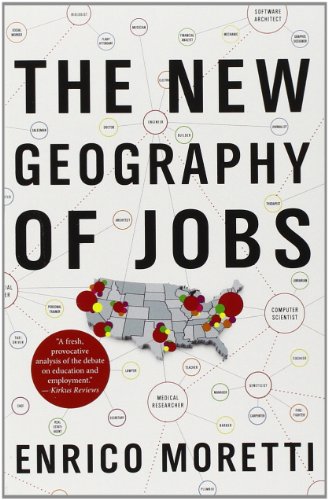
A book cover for The New Geography of Jobs; Enrico Moretti; Business & Money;